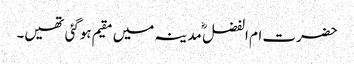
حضرت ام الفضل ؓ مدینہ میں مقیم ہوگئی تھیں۔